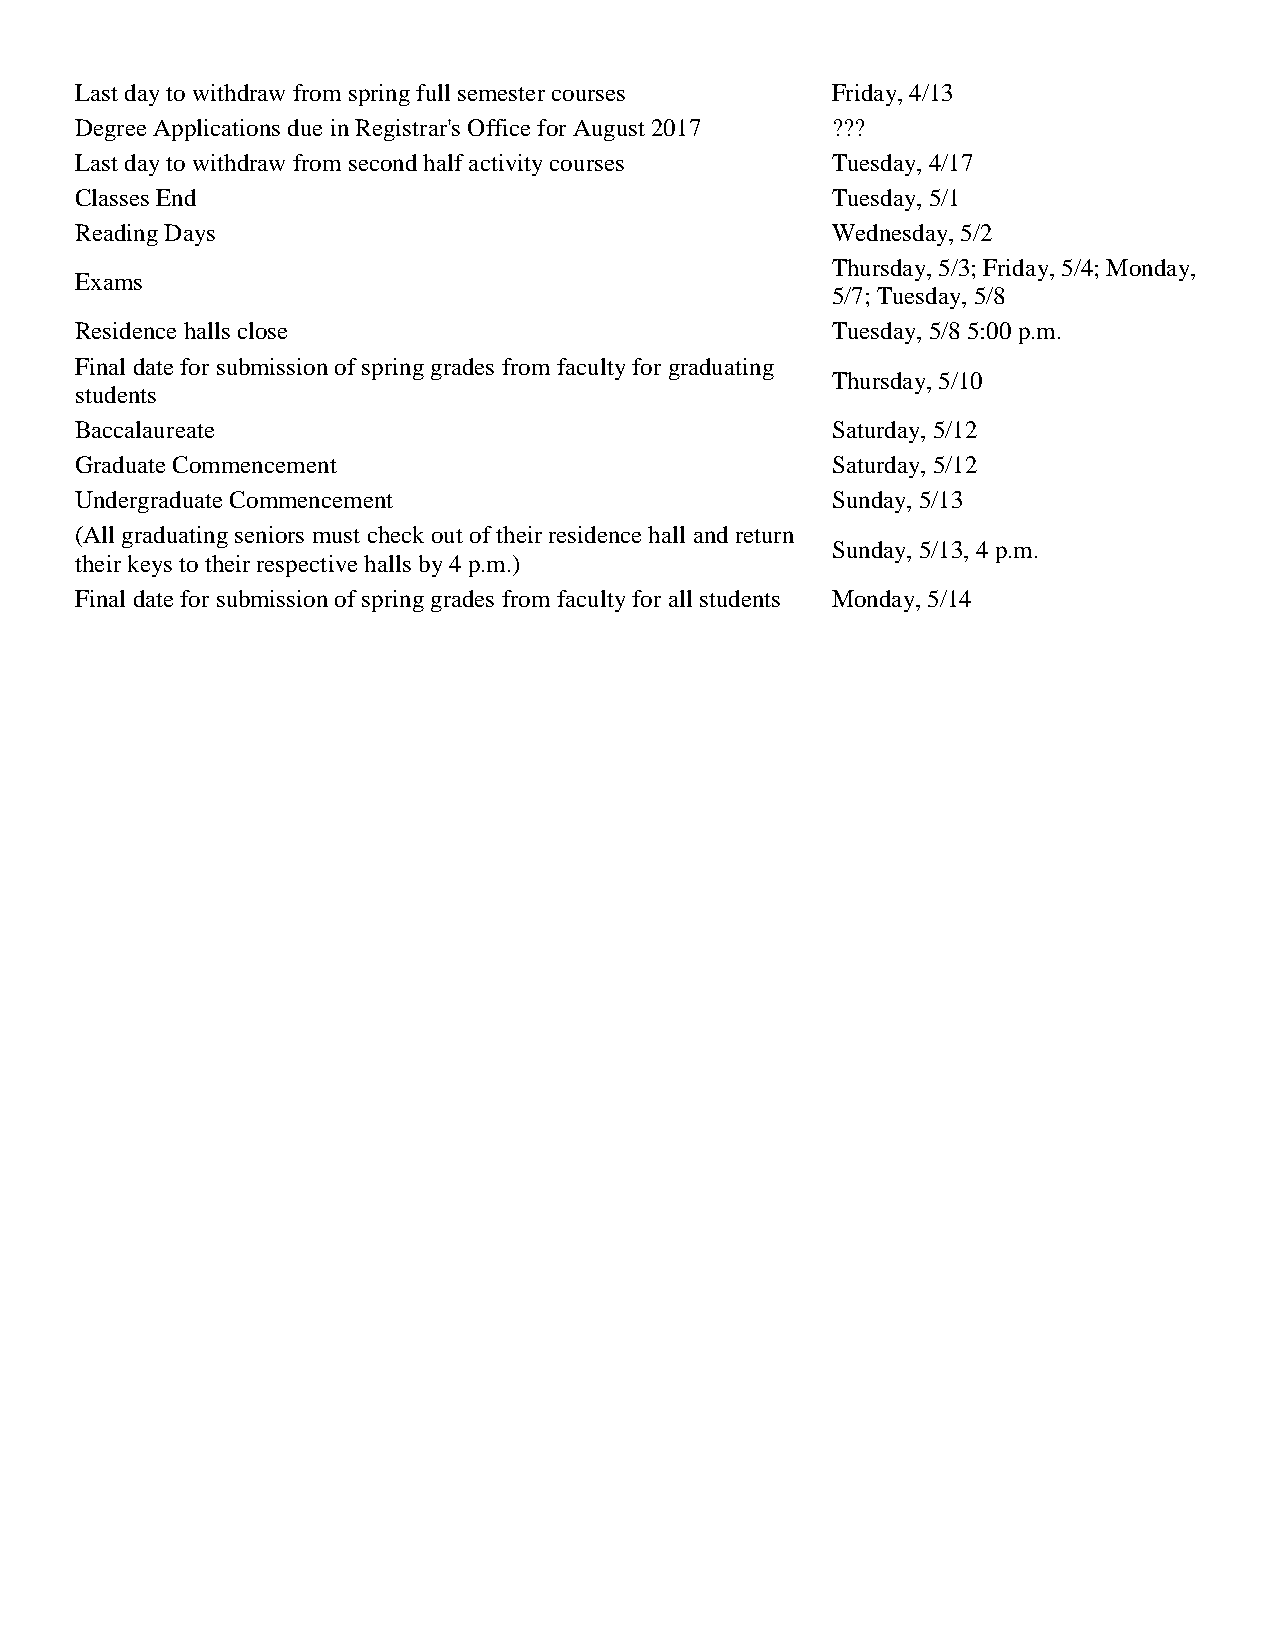
Last day to withdraw from spring full semester courses Friday, 4/13
 Degree Applications due in Registrar's Office for August 2017 ???
 Last day to withdraw from second half activity courses Tuesday, 4/17
 Classes End                                       Tuesday, 5/1
 Reading Days                                      Wednesday, 5/2
 Thursday, 5/3; Friday, 5/4; Monday,
 Exams
 5/7; Tuesday, 5/8
 Residence halls close                             Tuesday, 5/8 5:00 p.m.
 Final date for submission of spring grades from faculty for graduating
 Thursday, 5/10
 students
 Baccalaureate                                     Saturday, 5/12
 Graduate Commencement                             Saturday, 5/12
 Undergraduate Commencement                        Sunday, 5/13
 (All graduating seniors must check out of their residence hall and return
 Sunday, 5/13, 4 p.m.
 their keys to their respective halls by 4 p.m.)
 Final date for submission of spring grades from faculty for all students Monday, 5/14